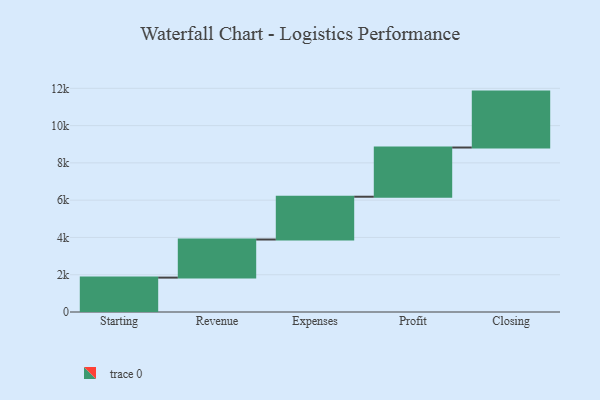
{"axis": {"x": "Step", "y": "Value"}, "legend": [""], "data": [{"x": "Starting", "y": 1845.0, "type": ""}, {"x": "Revenue", "y": 2044.0, "type": ""}, {"x": "Expenses", "y": 2296.0, "type": ""}, {"x": "Profit", "y": 2640.0, "type": ""}, {"x": "Closing", "y": 3000, "type": ""}]}